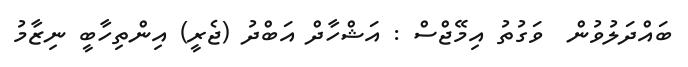
ބައްދަލުވުން  ވަގުތު އިމޭޖްސް : އަޝްހާދް އަބްދު (ޖެރީ) އިންތިހާބީ ނިޒާމު